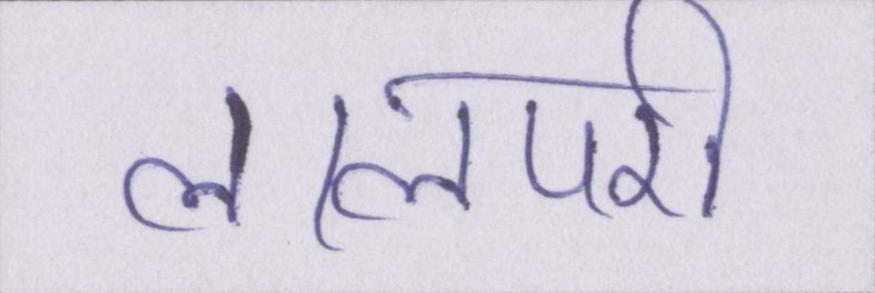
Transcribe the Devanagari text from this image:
लालपरी